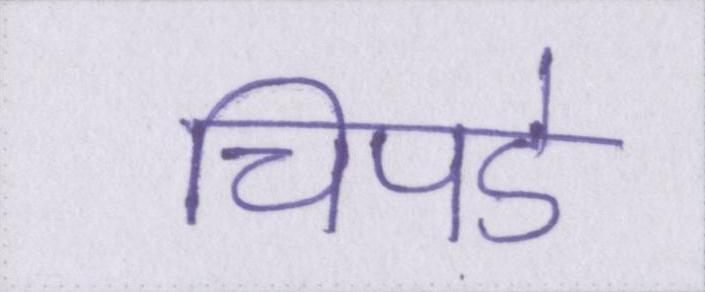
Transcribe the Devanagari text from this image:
चिपडे